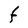
Character: F